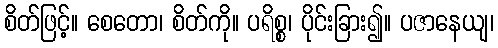
စိတ်ဖြင့်။ စေတော၊ စိတ်ကို။ ပရိစ္စ၊ ပိုင်းခြား၍။ ပဇာနေယျ၊